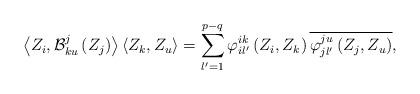
LaTeX: \begin{align*} \left<Z_{i},\mathcal{B}_{ku}^{j}\left(Z_{j}\right)\right>\left<Z_{k}, Z_{u} \right>=\displaystyle\sum_{l'=1}^{p-q}\varphi_{il' }^{ ik }\left(Z_{i},Z_{k}\right)\overline{\varphi_{jl' }^{ ju }\left(Z_{j},Z_{u}\right)},\end{align*}